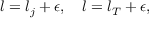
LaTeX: l = l _ { j } + \epsilon , \quad l = l _ { T } + \epsilon ,